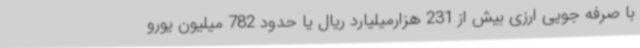
با صرفه جویی ارزی بیش از 231 هزارمیلیارد ریال یا حدود 782 میلیون یورو